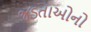
જડતાઓનો